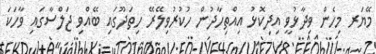
މޭޔަރ މިހެން ވިދާޅުވީ އިދިކޮޅު އިއްތިހާދުން ހުކުރުވިލޭރޭ ހިތަދޫގައި ބޭއްވި ޖަލްސާގައި ވާހަކަ